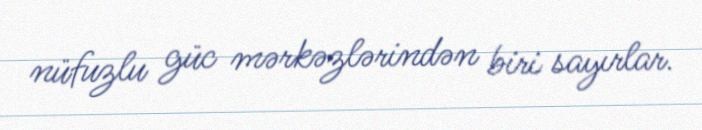
nüfuzlu güc mərkəzlərindən biri sayırlar.